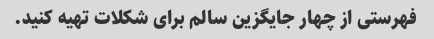
فهرستی از چهار جایگزین سالم برای شکلات تهیه کنید.